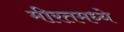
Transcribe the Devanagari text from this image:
मीरतमध्ये